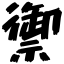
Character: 禦